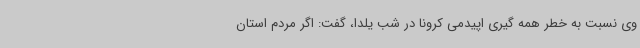
وی نسبت به خطر همه گیری اپیدمی کرونا در شب یلدا، گفت: اگر مردم استان